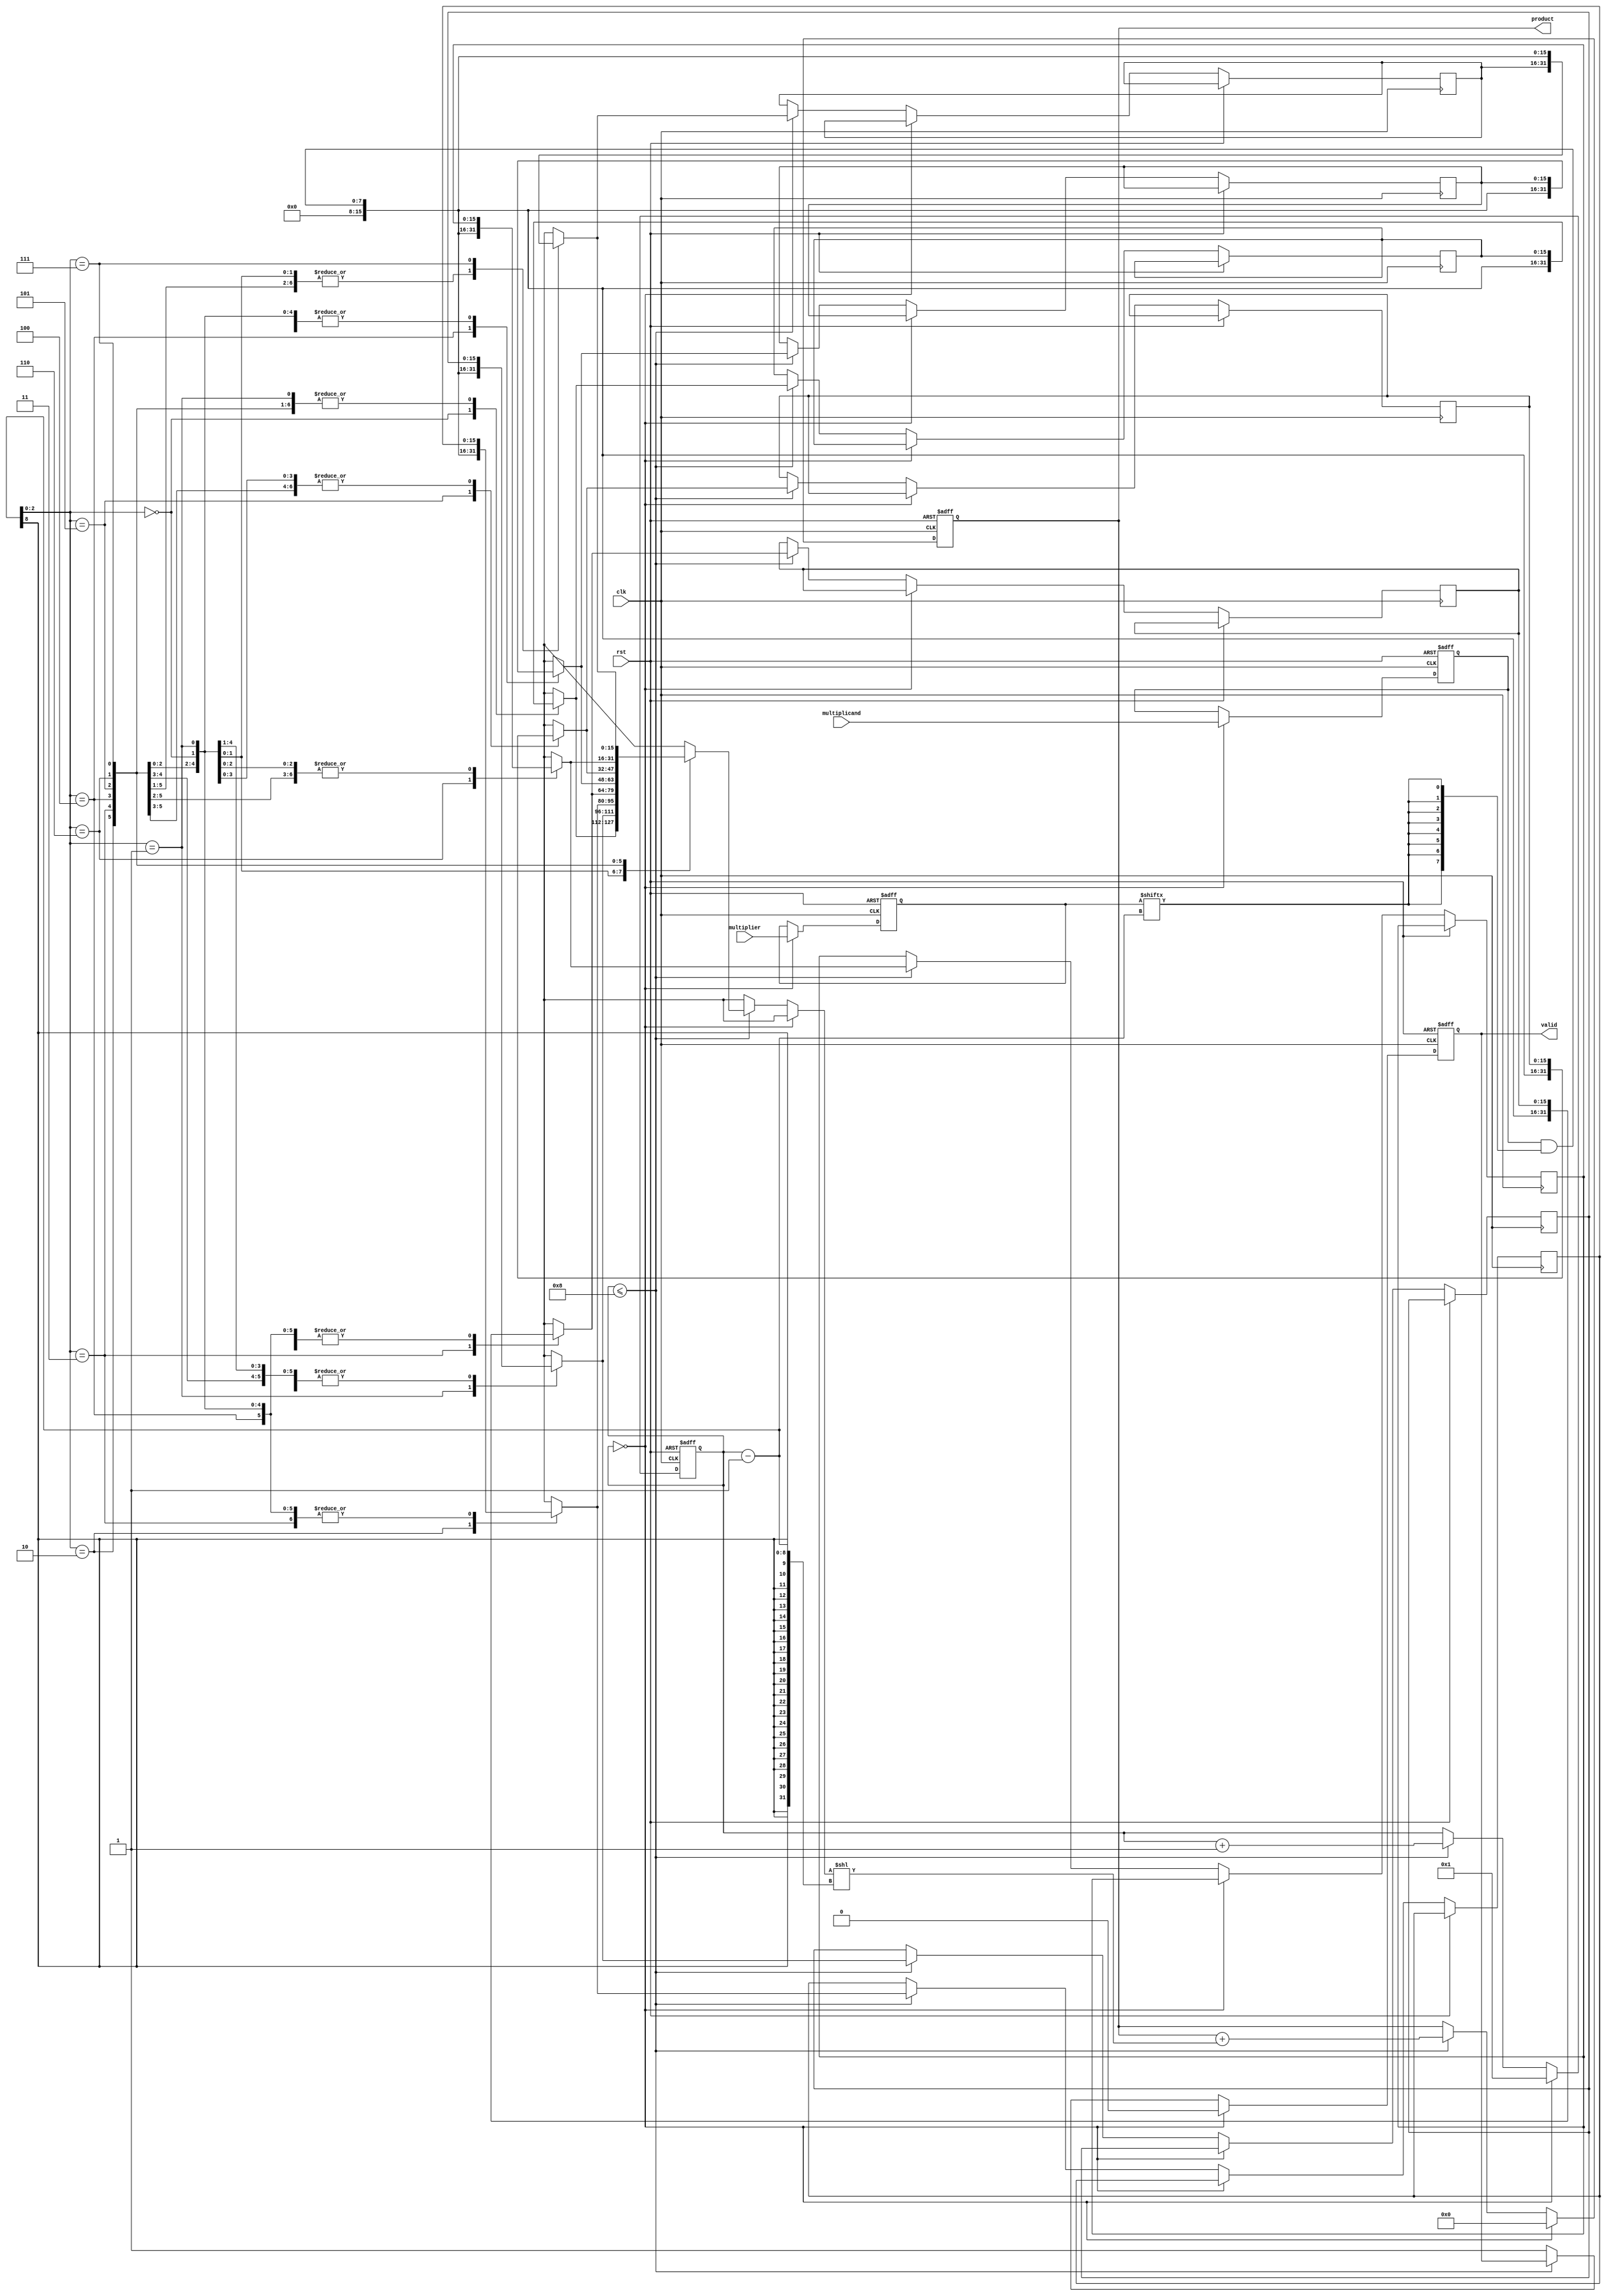
module radix2_multiplier #(parameter WIDTH = 8) (
    input wire clk,
    input wire rst,
    input wire [WIDTH-1:0] multiplicand,
    input wire [WIDTH-1:0] multiplier,
    output reg [2*WIDTH-1:0] product,
    output reg valid
);

    reg [WIDTH-1:0] multiplicand_reg, multiplier_reg;
    reg [2*WIDTH-1:0] partial_products [0:WIDTH-1];
    reg [WIDTH-1:0] temp_multiplier;
    reg [WIDTH-1:0] count;

    integer i;

    always @(posedge clk or posedge rst) begin
        if (rst) begin
            multiplicand_reg <= 0;
            multiplier_reg <= 0;
            product <= 0;
            valid <= 0;
            count <= 0;
        end else begin
            // Load inputs into registers
            if (count == 0) begin
                multiplicand_reg <= multiplicand;
                multiplier_reg <= multiplier;
                product <= 0;
                valid <= 0;
                count <= 1;
            end else if (count <= WIDTH) begin
                // Generate partial product
                temp_multiplier = multiplier_reg[count - 1];
                partial_products[count - 1] = multiplicand_reg & {WIDTH{temp_multiplier[0]}};
                // Shift partial product into product
                product = product + (partial_products[count - 1] << (count - 1));
                count <= count + 1;
            end else begin
                valid <= 1; // Indicate multiplication is complete
            end
        end
    end
endmodule